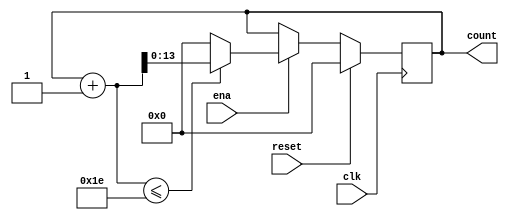
`define SIMULATION_MEMORY

module counter_30_1 (
	input clk,
	input reset,
	input ena,
	output reg [13:0] count
);

always @ (posedge clk) begin 
	if (reset) begin
		count <= 0;
	end else if (ena) begin
		if((count + 1) <= 30) begin
			count <= count + 1;
		end else begin
			count <= 14'd0;
		end
	end
end

endmodule